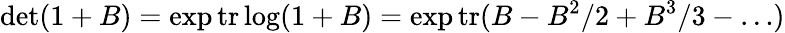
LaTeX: \operatorname*{det}(1+B)=\exp\mathrm{tr}\log(1+B)=\exp\mathrm{tr}(B-B^{2}/2+B^{3}/3-\dots)